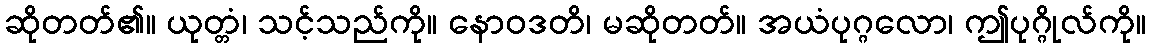
ဆိုတတ်၏။ ယုတ္တံ၊ သင့်သည်ကို။ နောဝဒတိ၊ မဆိုတတ်။ အယံပုဂ္ဂလော၊ ဤပုဂ္ဂိုလ်ကို။